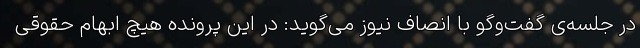
در جلسه‌ی گفت‌وگو با انصاف نیوز می‌گوید: در این پرونده هیچ ابهام حقوقی